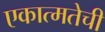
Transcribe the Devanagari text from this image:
एकात्मतेची